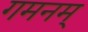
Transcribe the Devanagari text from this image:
गमनम्